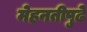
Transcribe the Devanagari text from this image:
मेहनतीपुढे